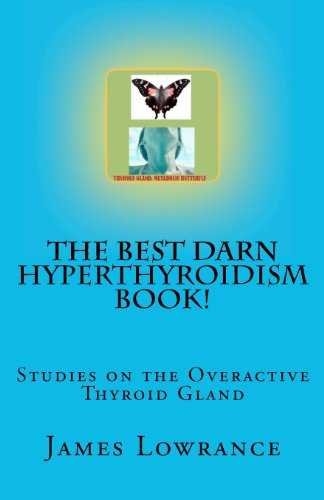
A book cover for The Best Darn Hyperthyroidism Book!: Studies on the Overactive Thyroid Gland; James M. Lowrance; Health, Fitness & Dieting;